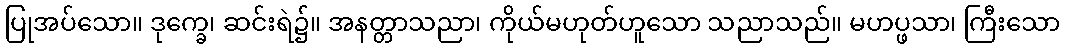
ပြုအပ်သော။ ဒုက္ခေ၊ ဆင်းရဲ၌။ အနတ္တာသညာ၊ ကိုယ်မဟုတ်ဟူသော သညာသည်။ မဟပ္ဖသာ၊ ကြီးသော